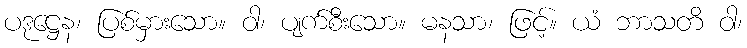
ပဒုဋ္ဌေန၊ ပြစ်မှားသော။ ဝါ၊ ပျက်စီးသော။ မနသာ၊ ဖြင့်။ ယံ ဘာသတိ ဝါ၊